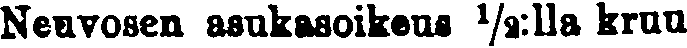
Neuvosen asukosoikeus ½:llo kruu